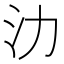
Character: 氻